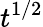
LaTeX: t^{1/2}